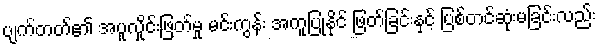
ပျက်တတ်၏ အပူလှိုင်းဖြတ်မှု မင်းကွန်း အကူပြုနိုင် ဖြတ်ခြင်းနှင့် ပြစ်တင်ဆုံးမခြင်းလည်း